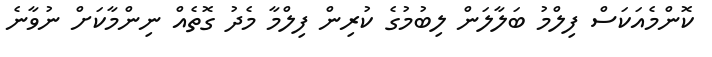
ކޮންމެއަކަސް ފިލްމު ބަލާލަން ލިބުމުގެ ކުރިން ފިލްމާ މެދު ގޮތެއް ނިންމާކަށް ނުވާނެ